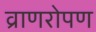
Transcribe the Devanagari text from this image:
व्राणरोपण